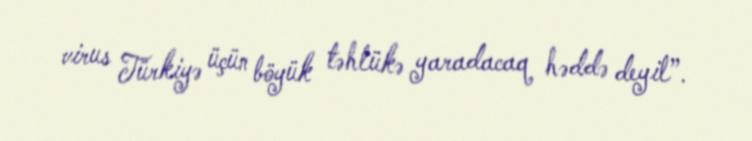
virus Türkiyə üçün böyük təhlükə yaradacaq həddə deyil”.